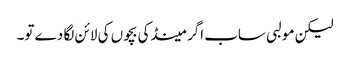
لیکن مولبی ساب اگر مینڈکی بچوں کی لائن لگا دے تو۔